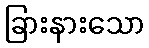
ခြားနားသော